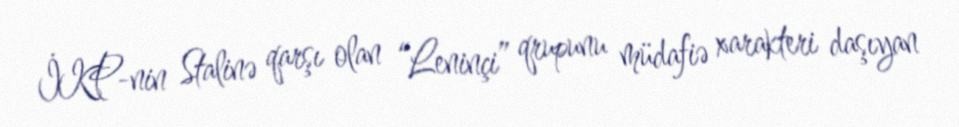
İKP-nin Stalinə qarşı olan “Leninçi” qrupunu müdafiə xarakteri daşıyan